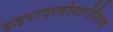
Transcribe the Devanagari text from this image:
हाइपरएल्डोस्टरोनिज्म